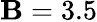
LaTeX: \mathbf{B}=3.5